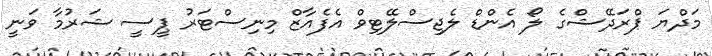
މަދްޔަ ޕްރަދޭޝްގެ ލޯ އެންޑް ލެޖިސްލޭޓިވް އެފެއާޒް މިނިސްޓަަރު ޕީސީ ޝަރުމާ ވަނީ